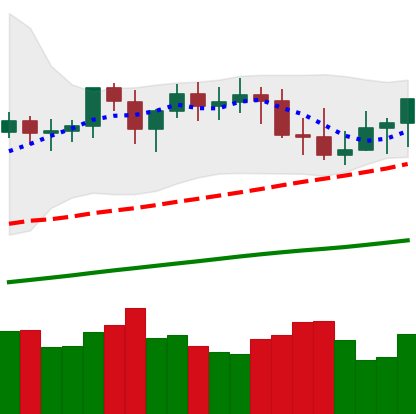
Ticker: XMR-USD
Chart end date: 2021-03-28
Forward return: 11.487%
Label: up_7plus